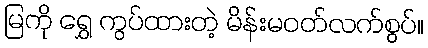
မြကို ရွှေ ကွပ်ထားတဲ့ မိန်းမဝတ်လက်စွပ်။